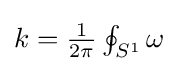
{\textstyle k={\frac {1}{2\pi }}\oint _{S^{1}}\omega }